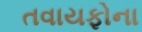
તવાયફોના